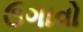
ઉગાવો